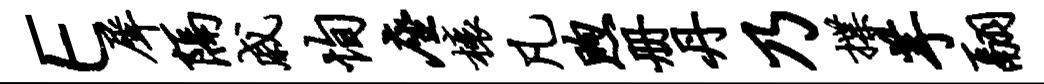
E犀隔戚恂座榱凡煦册丹乃揲芋翮